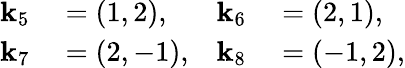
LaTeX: \begin{array}{rl}{\mathbf{k}_{5}}&{{}=\left(1,2\right),}\\ {\mathbf{k}_{7}}&{{}=\left(2,-1\right),}\end{array}\quad\begin{array}{rl}{\mathbf{k}_{6}}&{{}=\left(2,1\right),}\\ {\mathbf{k}_{8}}&{{}=\left(-1,2\right),}\end{array}